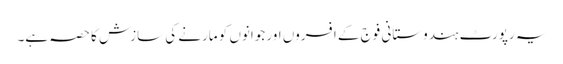
یہ رپورٹ ہندوستانی فوج کے افسروں اور جوانوں کو مارنے کی سازش کا حصہ ہے۔